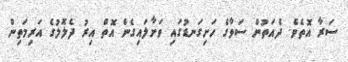
ސަރާ އޮތެވެ. ދެއަތުން ސަވާގެ ހަށިގަނޑުގައި ވަށާލައިގެން އޮތް އިރު ދެލޮލުގެ އަރިމަތިން